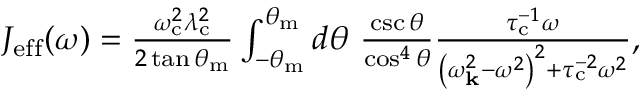
\begin{array} { r l } & { J _ { \mathrm { e f f } } ( \omega ) = \frac { \omega _ { \mathrm { c } } ^ { 2 } \lambda _ { \mathrm { c } } ^ { 2 } } { 2 \tan \theta _ { \mathrm { m } } } \int _ { - \theta _ { \mathrm { m } } } ^ { \theta _ { \mathrm { m } } } d \theta \ \frac { \csc \theta } { \cos ^ { 4 } \theta } \frac { \tau _ { \mathrm { c } } ^ { - 1 } \omega } { \left( \omega _ { \mathbf { k } } ^ { 2 } - \omega ^ { 2 } \right) ^ { 2 } + \tau _ { \mathrm { c } } ^ { - 2 } \omega ^ { 2 } } , } \end{array}